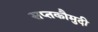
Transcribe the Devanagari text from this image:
सप्तकौमुदी